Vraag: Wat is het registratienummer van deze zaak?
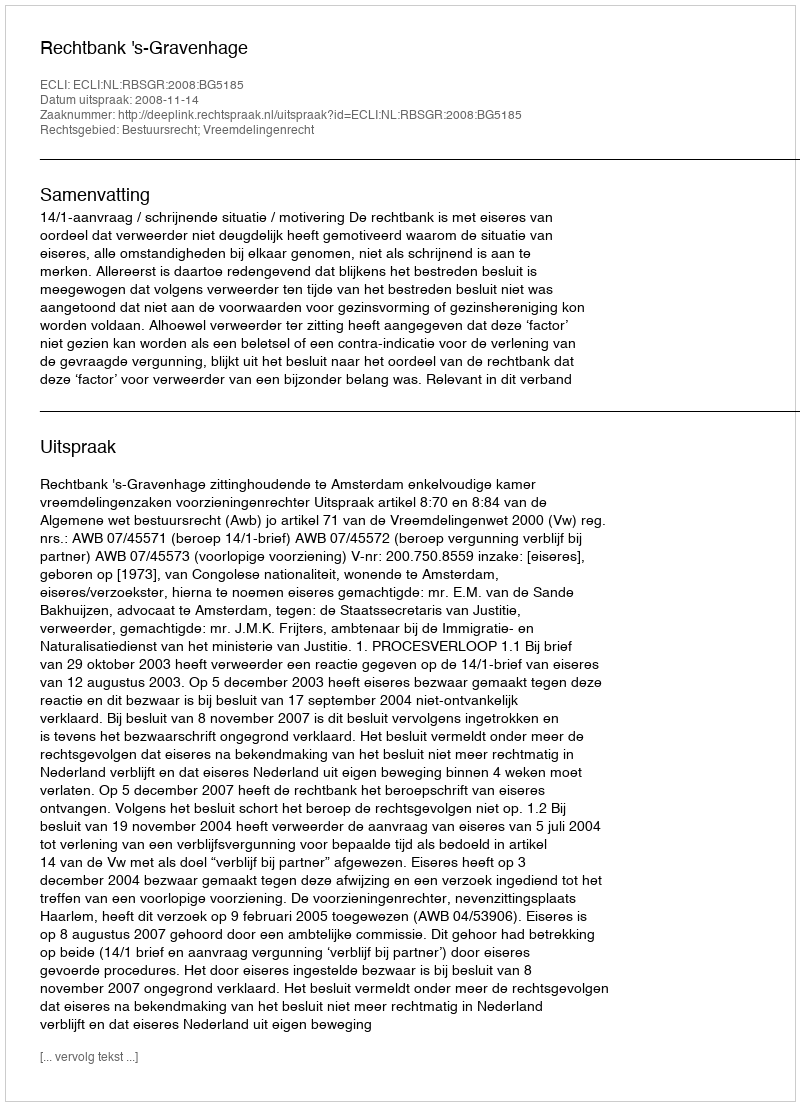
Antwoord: http://deeplink.rechtspraak.nl/uitspraak?id=ECLI:NL:RBSGR:2008:BG5185